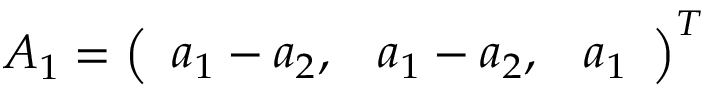
A _ { 1 } = \left( \begin{array} { l l l } { a _ { 1 } - a _ { 2 } , } & { a _ { 1 } - a _ { 2 } , } & { a _ { 1 } } \end{array} \right) ^ { T }